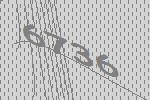
6736